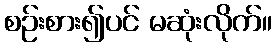
စဉ်းစား၍ပင် မဆုံးလိုက်။